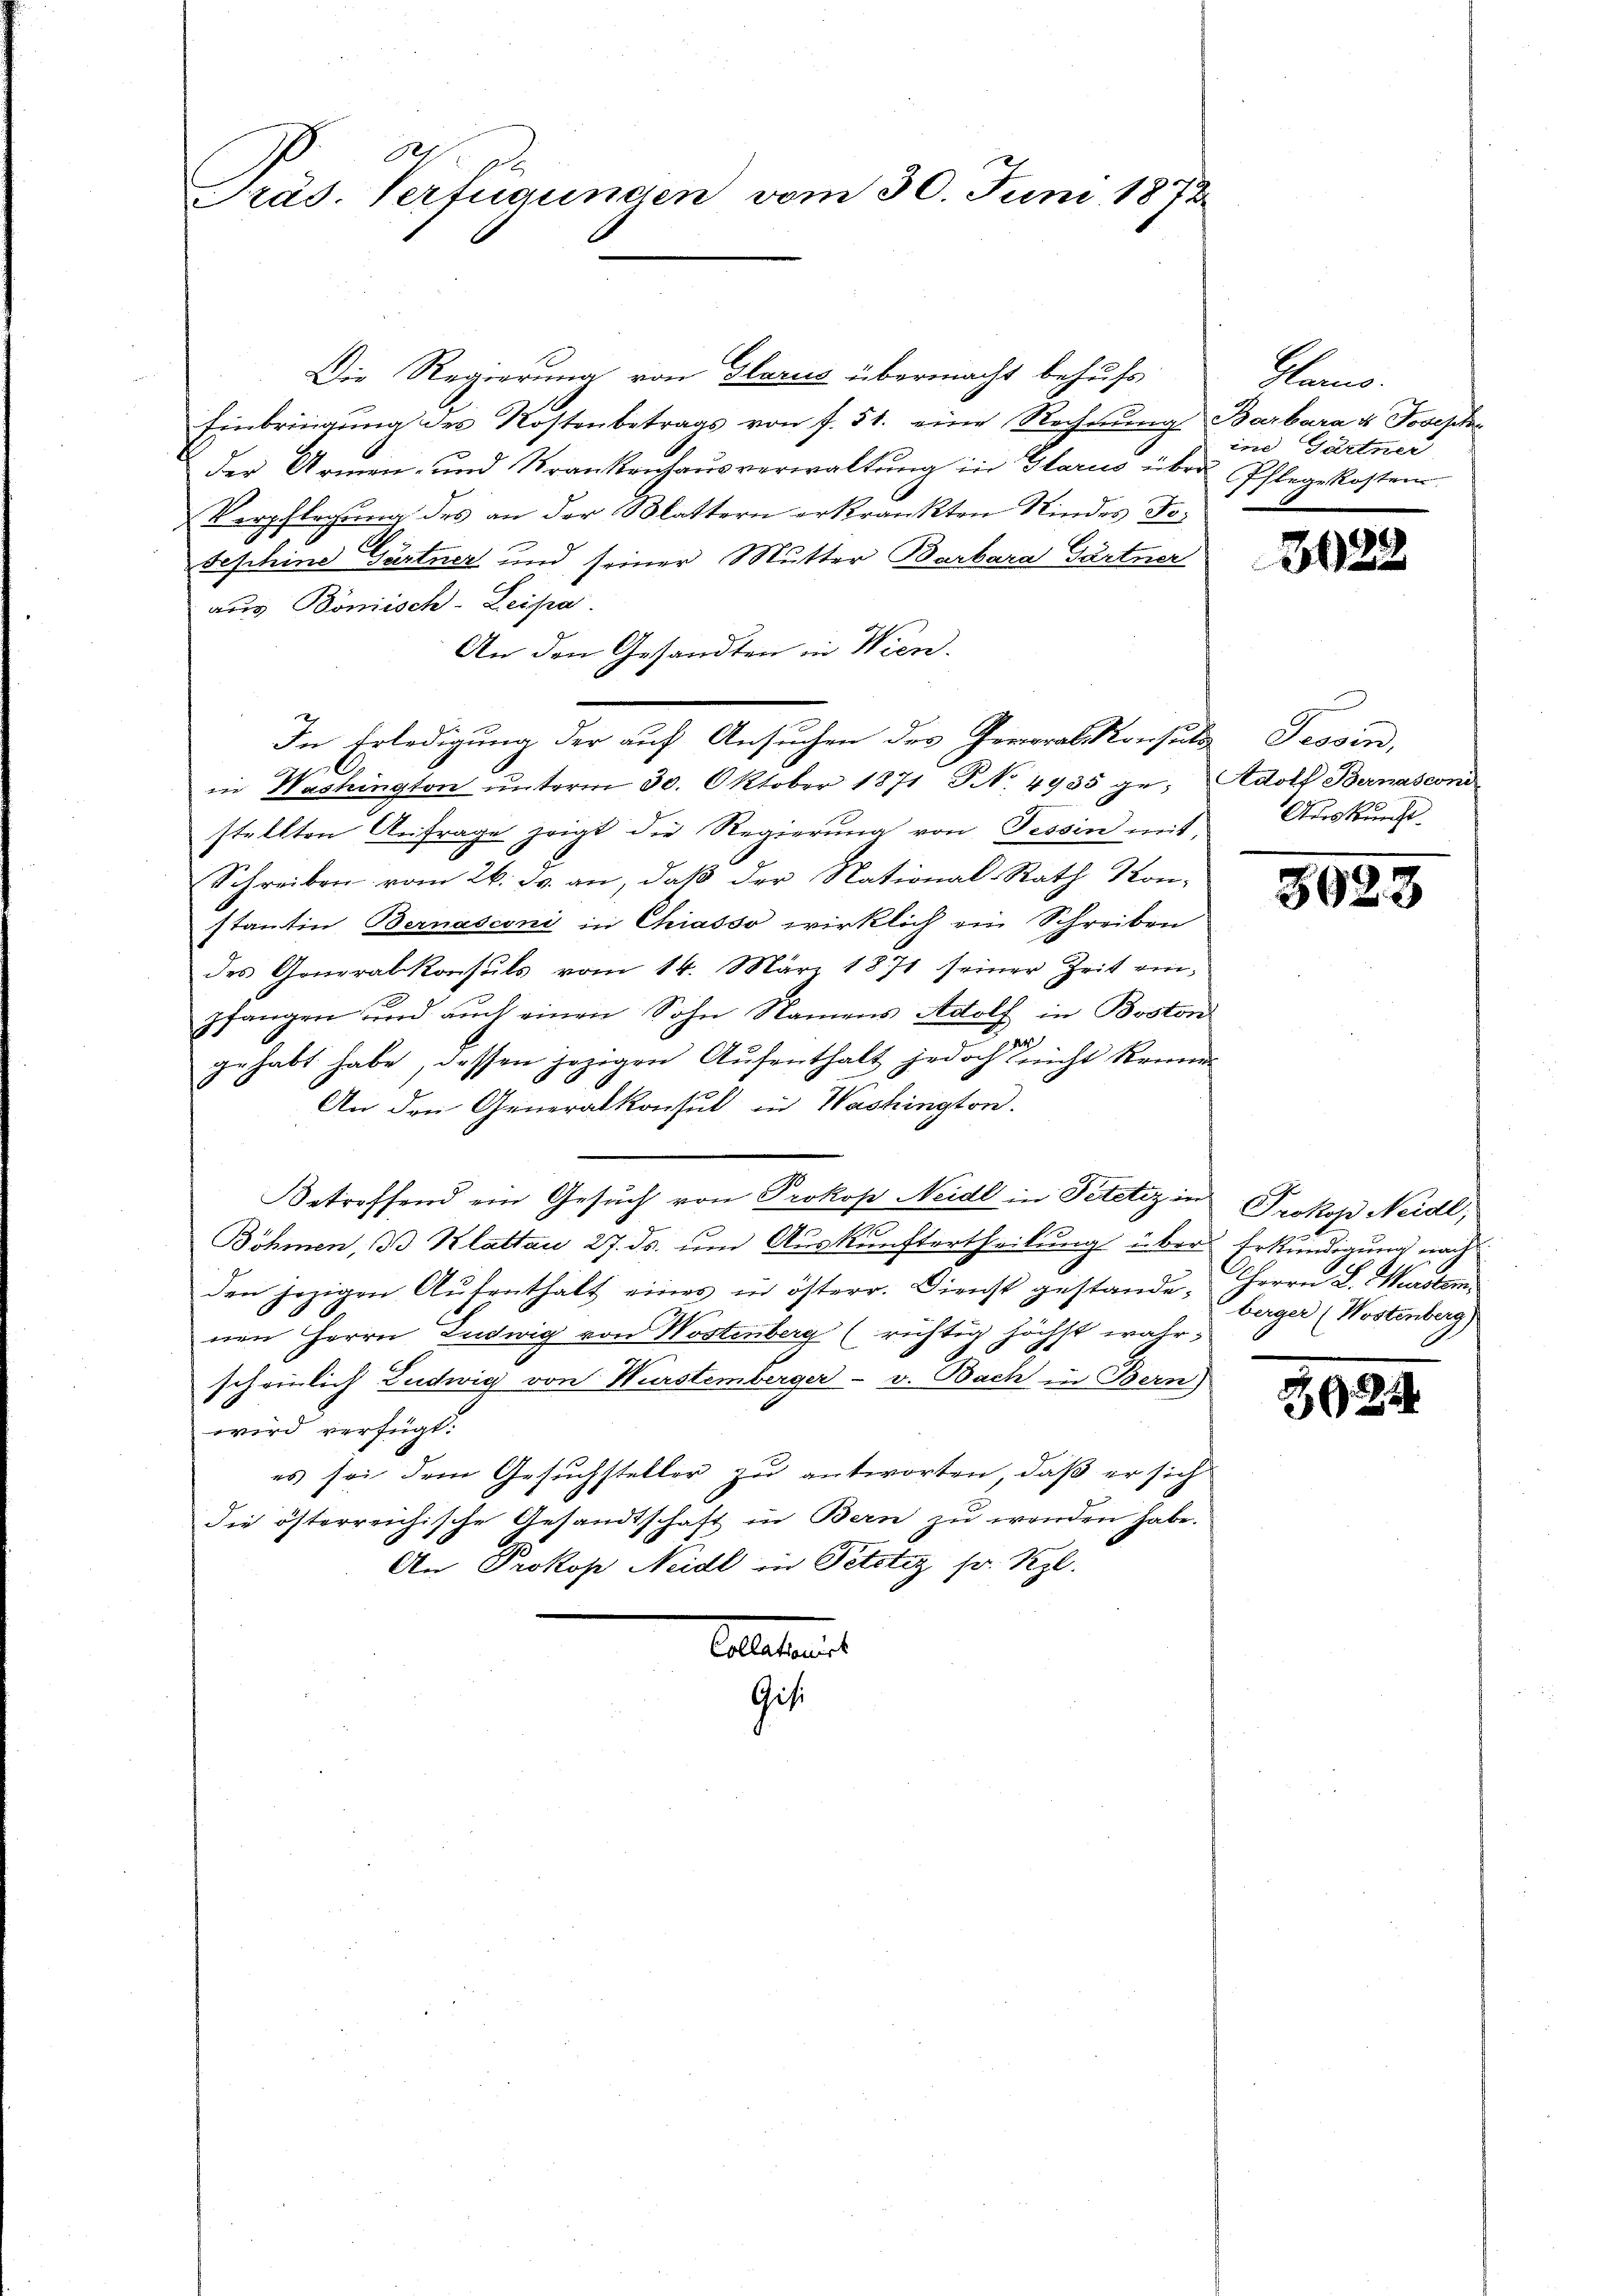
Der
Präs. Verfügunden vom 30. Juni 1872

Die Regierung von Glarus übermacht behufs
Einbringung des Kostenbetrags von f. 51. eine Rechnung Barbara v. Joseph
der Armen- und Krankenhaŭsverwaltŭng in Glarus über Pflegekosten
Verpflegung des an der Blattern erkrankten Kindes To¬
Sephine Gartner und seiner Mutter Barbara Gartner
aus Bonisch-Leipa
An den Gesandten in Wien.
In Erledigung der auf Ansuchen der Generalkonsuls Tessin,
in Washington ŭnterm 30. Oktober 1871 NNo. 4935 ge- Adolf Bernascond
stellten Anfrage zeigt die Regierung von Tessin mit Auskunft
Schreiben vom 26. ds. an, daβ der National-Rath Kon-
stantin Bernasconi in Chiasso wirklich ein Schreiben
des Generalkonsuls vom 14. März 1871 seiner Zeit ein-
pfangen und aŭch einen Sohn Namens Adolf in Boston
gehabt habe, dessen jezigen Aŭfenthalt jedoch nicht keine
An den Generalkonsul in Washington.
etreffend ein Gesuch von Prokop Neidl in Petitiz in Prokop Neidl,
Böhmen, 3 Klattau 27. ds. um Auskunftertheilung über Erkundigung nach
den jezigen Aŭfenthält eines in österr. Dienst gestande, Herrn L. Wurstem
nen Herrn Ludwig von Wostenberg (richtig höchst wahr,
scheinlich Ludwig von Wurstemberger v. Bach in Bern)
wird verfügt:
es sei dem Gesuchsteller zu antworten, daß er sich
die österreichische Gesandtschaft in Bern zŭ werden habe.
An Prokop Neidl in Petotiz sr. Kgl.
Exeteri
Gisi

kann.
in Gärtner

3029

3025

berger (Wostenberg)

3024